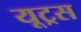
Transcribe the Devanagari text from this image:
यूट्रस